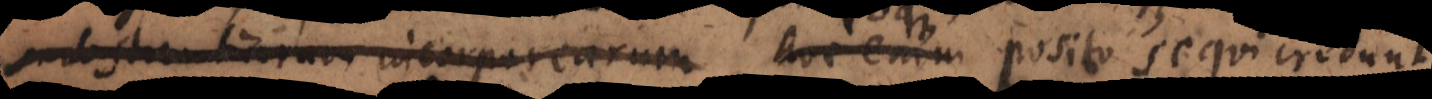
substantiarum incorporearum hoc enim posito sequi putant,